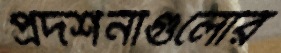
প্রদর্শনীগুলোর